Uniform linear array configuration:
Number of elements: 32
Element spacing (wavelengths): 0.75
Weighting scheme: uniform
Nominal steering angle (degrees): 15
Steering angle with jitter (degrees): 16.626
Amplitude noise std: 0.05
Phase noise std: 0.05

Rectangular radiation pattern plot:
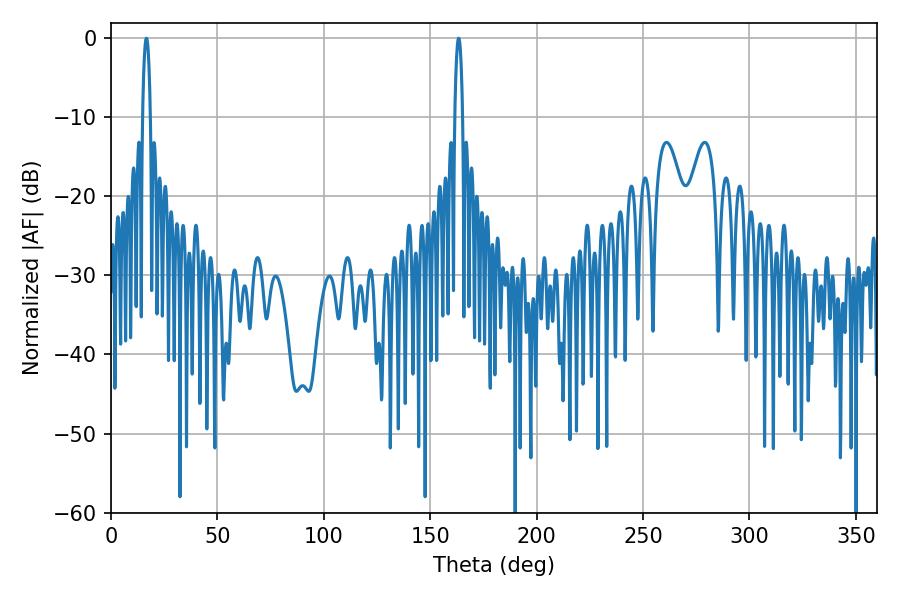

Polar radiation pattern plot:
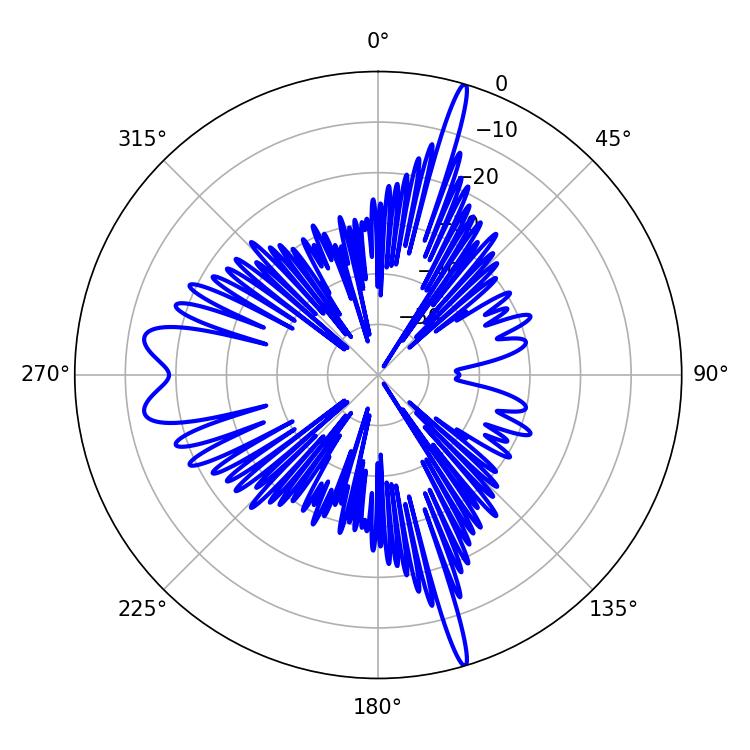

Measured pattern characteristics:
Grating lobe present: TRUE
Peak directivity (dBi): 24.79
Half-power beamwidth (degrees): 1.98
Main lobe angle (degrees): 16.56